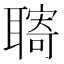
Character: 𦗞